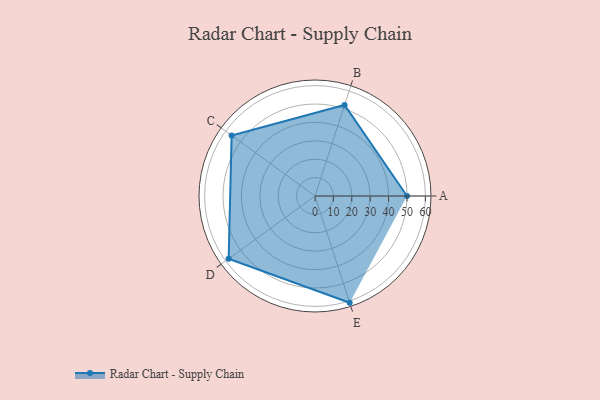
{"axis": {"x": "Skill", "y": "Score"}, "legend": ["Profile"], "data": [{"x": "A", "y": 50.0, "type": "Profile"}, {"x": "B", "y": 52.0, "type": "Profile"}, {"x": "C", "y": 56.0, "type": "Profile"}, {"x": "D", "y": 58.0, "type": "Profile"}, {"x": "E", "y": 61.0, "type": "Profile"}]}